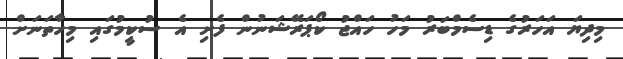
މިދިޔަ އަހަރުގެ ޑިސެމްބަރު މަހު ހައްޖު ކޯޕަރޭޝަނުން ފެށި އެ ސުކީމުގައި މިހާތަނަށް